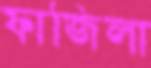
ফাজিলা